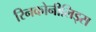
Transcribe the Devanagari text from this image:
रिनकोनीलिड्स